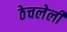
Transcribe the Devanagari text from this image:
ठेचलेली